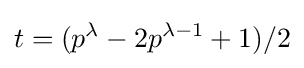
t=(p^{\lambda }-2p^{\lambda -1}+1)/2